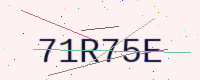
Text: 71R75E